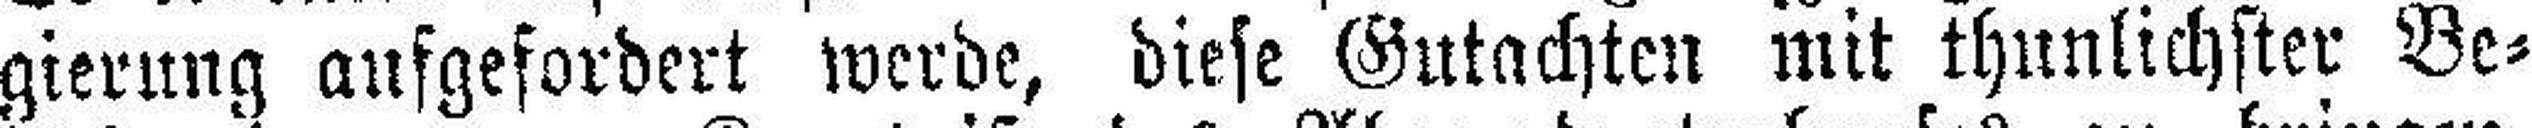
gierung aufgefordert werde, diese Gutachten mit thunlichster Be¬